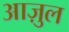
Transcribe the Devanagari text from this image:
आज़ुल